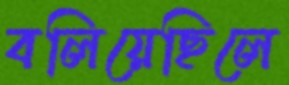
বলিয়েছিলে